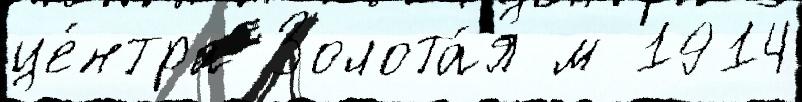
це́нтра Золота́я м 1914